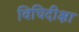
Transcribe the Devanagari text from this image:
विधिदीक्षा